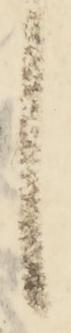
し